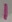
Text: 1